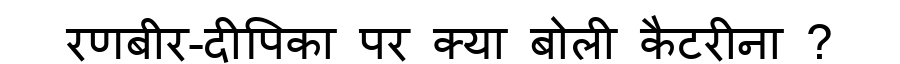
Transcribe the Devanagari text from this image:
रणबीर-दीपिका पर क्या बोली कैटरीना ?